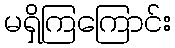
မရှိကြကြောင်း